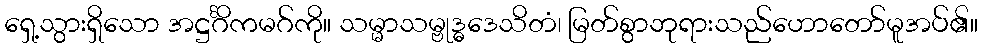
ရှေ့သွားရှိသော အဋ္ဌင်္ဂိကမဂ်ကို။ သမ္မာသမ္ဗုဒ္ဓဒေသိတံ၊ မြတ်စွာဘုရားသည်ဟောတော်မူအပ်၏။